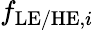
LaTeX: f_{\mathrm{LE/HE},i}